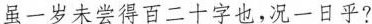
虽一岁未尝得百二十字也，况一日乎?